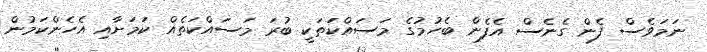
ނަމަވެސް ފެން ގެނެސް އެފެން ބެހުމުގެ މަސައްކަތަކީ ބުރަ މަސައްކަތެއް ކަމަށާއި އެހެންކަމުން